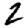
Digit: 2